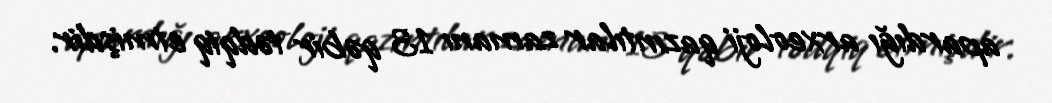
apardığı arxeoloji qazıntılar zamanı 13 qəbir tədqiq etmişdir.